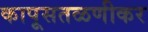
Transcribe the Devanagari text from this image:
कापूसतळणीकर